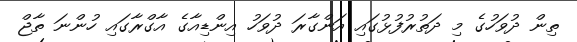
ތިން ދުވަހުގެ މި ދަތުރުފުޅުގައި އަންގާރަ ދުވަހު އިންޑިއާގެ އާގްރާގައި ހުންނަ ތާޖް